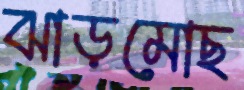
ঝাড়মোছ